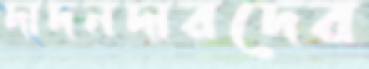
দাদনদারদের